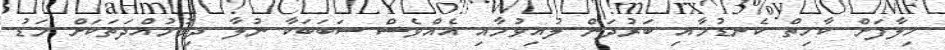
ޚިލާފަށް ކާހިތް ކެނޑުމާއި ބަރުދަން ލުއިވުމާއި އެއްވެސް ސަބަބަކާ ނުލާ ދިގުމުއްދަތަކަށް މަޑު